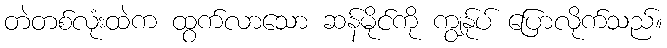
တဲတစ်လုံးထဲက ထွက်လာသော ဆန်မိုင်ကို ကျွန်ုပ် ပြောလိုက်သည်။